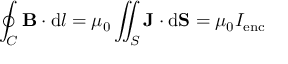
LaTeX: \oint _ { C } \mathbf { B } \cdot \mathrm { d } { \boldsymbol { l } } = \mu _ { 0 } \iint _ { S } \mathbf { J } \cdot \mathrm { d } \mathbf { S } = \mu _ { 0 } I _ { \mathrm { e n c } }